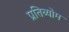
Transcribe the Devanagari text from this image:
प्रतिव्योम